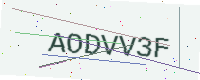
Text: AODVV3F